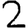
Digit: 2